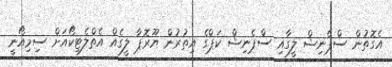
އެގޮތުން ސްޕެނިޝް ލީގާއި ސްޕެނިޝް ކަޕްގެ އިތުރުން ޔޫރޮޕާ ލީގެއް އެތްލެޓިކޯއަށް ސިމިއޯނީ